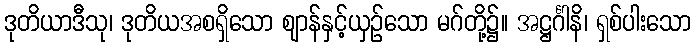
ဒုတိယာဒီသု၊ ဒုတိယအစရှိသော ဈာန်နှင့်ယှဉ်သော မဂ်တို့၌။ အဋ္ဌင်္ဂါနိ၊ ရှစ်ပါးသော